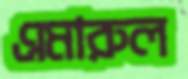
এমারুল